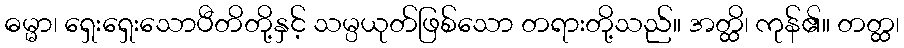
ဓမ္မာ၊ ရှေးရှေးသောပီတိတို့နှင့် သမ္ပယုတ်ဖြစ်သော တရားတို့သည်။ အတ္ထိ၊ ကုန်၏။ တတ္ထ၊